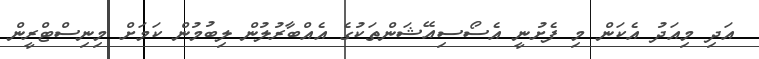
އަދި މިއަދު އެކަން މި ފެށުނީ އެސޯސިއޭޝަންތަކުގެ އެއްބާރުލުން ލިބުމުން ކަމަށް މިނިސްޓްރީން